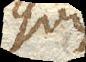
quis